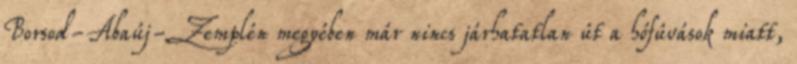
Borsod-Abaúj-Zemplén megyében már nincs járhatatlan út a hófúvások miatt,